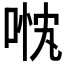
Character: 𱓓